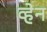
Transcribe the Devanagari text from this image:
व्‍हेन